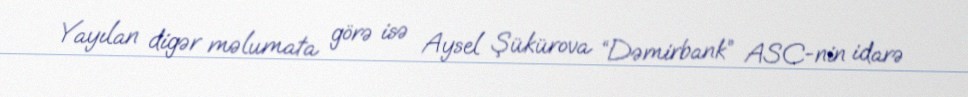
Yayılan digər məlumata görə isə Aysel Şükürova “Dəmirbank” ASC-nin idarə